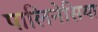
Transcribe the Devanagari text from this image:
पालिनेसिया